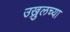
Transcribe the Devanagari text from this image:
उख्रुलच्या